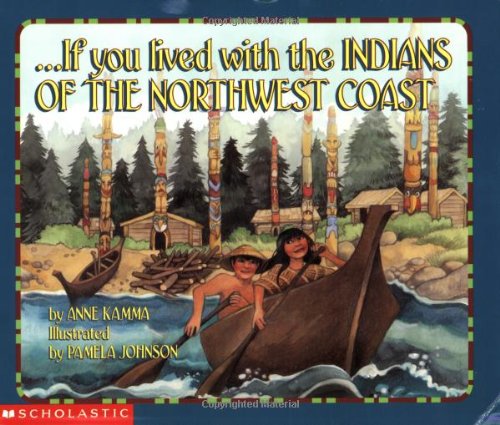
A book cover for If You Lived With The Indians Of The Northwest Coast; Anne Kamma; Children's Books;